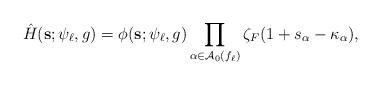
LaTeX: \begin{align*} \hat H(\mathbf s;\psi_\ell,g)= \phi(\mathbf s;\psi_{\ell},g)\prod_{\alpha\in \mathcal A_0(f_\ell)} \zeta_F(1+s_\alpha-\kappa_\alpha), \end{align*}